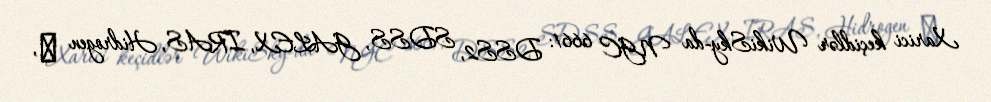
Xarici keçidlər WikiSky-da NGC 6661: DSS2, SDSS, GALEX, IRAS, Hidrogen α,